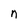
Character: n